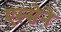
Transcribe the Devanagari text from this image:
एस्सेने